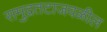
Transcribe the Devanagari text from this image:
समुद्रतटाजवळील